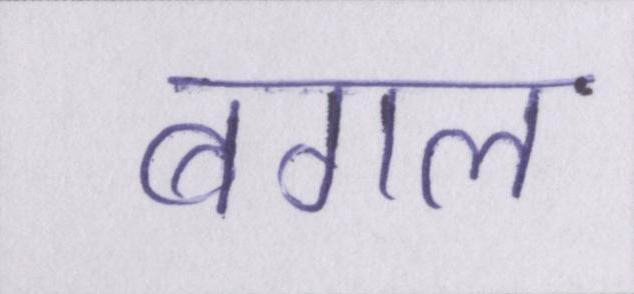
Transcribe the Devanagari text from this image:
बगल